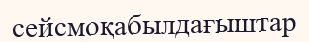
сейсмоқабылдағыштар